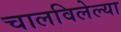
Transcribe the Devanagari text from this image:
चालविलेल्‍या